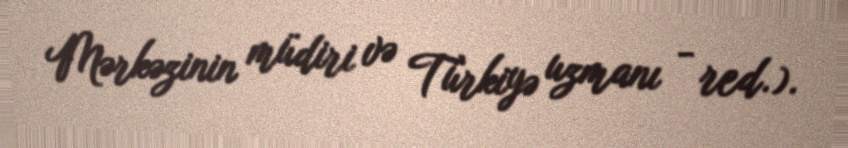
Mərkəzinin müdiri və Türkiyə uzmanı - red.).